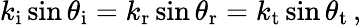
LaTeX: k_{\mathrm{i}}\sin\theta_{\mathrm{i}}=k_{\mathrm{r}}\sin\theta_{\mathrm{r}}=k_{\mathrm{t}}\sin\theta_{\mathrm{t}}\, ,